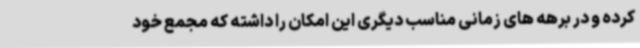
کرده و در برهه های زمانی مناسب دیگری این امکان را داشته که مجمع خود